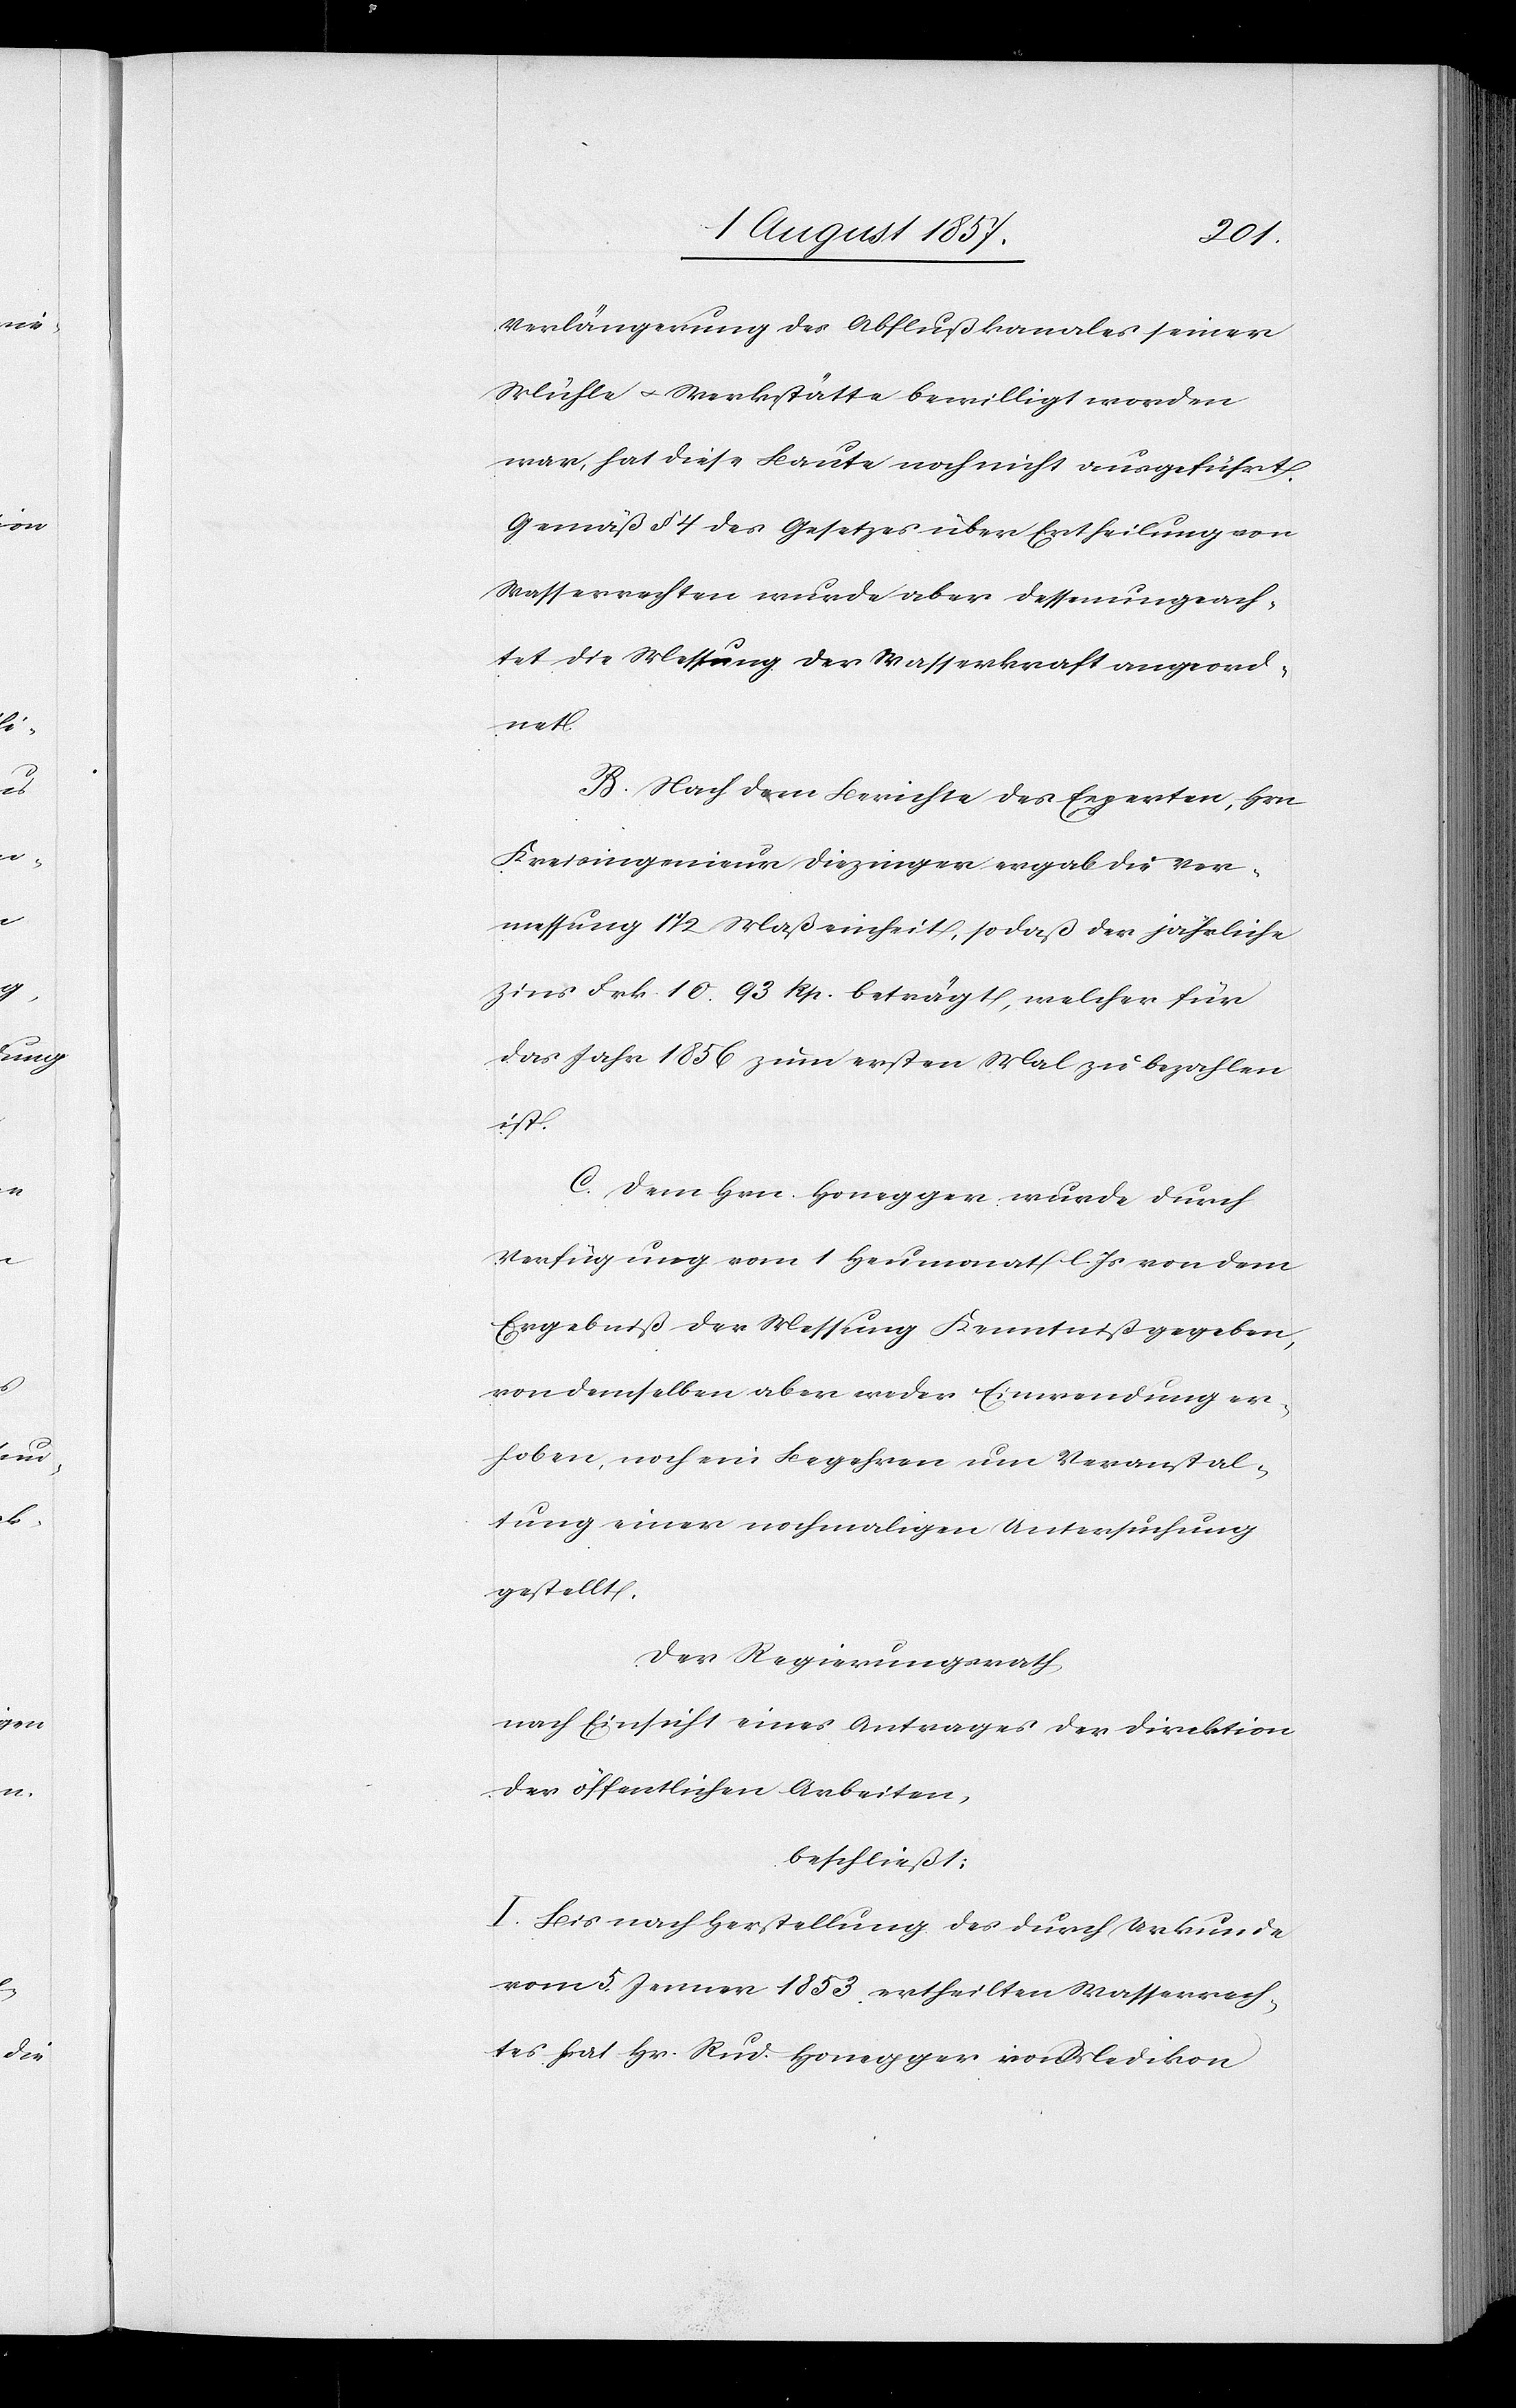
Verlängerung des Abflußkanales seiner
Mühle & Werkstätte bewilligt worden
war, hat diese Baute noch nicht ausgeführt.
Gemäß § 4 des Gesetzes über Ertheilung von
Wasserrechten wurde aber dessenungeach¬
tet die Messung der Wasserkraft angeord¬
net.
B. Nach dem Berichte des Experten, Hrn.
Kreisingenieur Diezinger ergab die Ver¬
messung 1 1/2 Maßeinheit, sodaß der jährliche
Zins Frk. 10. 93 Rp. beträgt, welcher für
das Jahr 1856 zum ersten Mal zu bezahlen
ist.
C. Dem Hrn. Honegger wurde durch
Verfügung vom 1 Heumonat l. Js. von dem
Ergebniß der Messung Kenntniß gegeben,
von demselben aber weder Einwendung er¬
hoben, noch ein Begehren um Veranstal¬
tung einer nochmaligen Untersuchung
gestellt.
Der Regierungsrath,
nach Einsicht eines Antrages der Direktion
der öffentlichen Arbeiten,
beschließt:
I. Bis nach Herstellung des durch Urkunde
vom 5 Jenner 1853 ertheilten Wasserrech¬
tes hat Hr. Rud. Honegger von Medikon